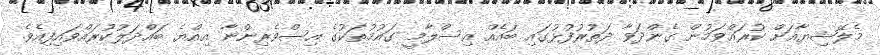
މެލޭޝިޔާއަށް ކުރައްވަމުން ގެންދަވާ ދަތުރުފުޅުގައި ބައެއް އިސްލާމީ ގައުމުތަކުގެ އިސްވެރިންނާ އިއްޔެ ބައްދަލުކުރައްވައިފިއެވެ.